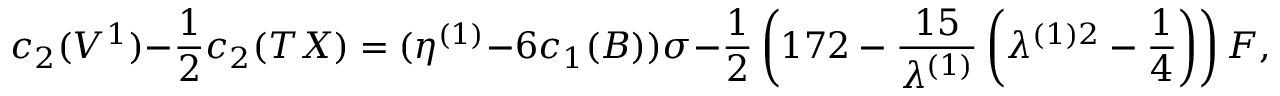
c _ { 2 } ( V ^ { 1 } ) - \frac { 1 } { 2 } c _ { 2 } ( T X ) = ( \eta ^ { ( 1 ) } - 6 c _ { 1 } ( B ) ) \sigma - \frac { 1 } { 2 } \left( 1 7 2 - \frac { 1 5 } { \lambda ^ { ( 1 ) } } \left( \lambda ^ { ( 1 ) 2 } - \frac { 1 } { 4 } \right) \right) F ,